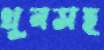
খুনসহ